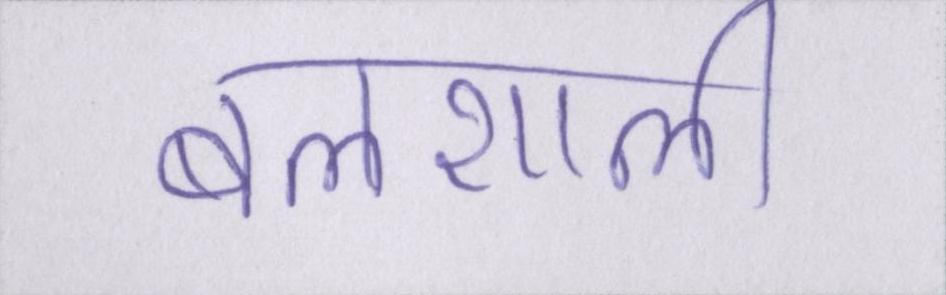
बलशाली